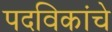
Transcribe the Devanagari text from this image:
पदविकांचे